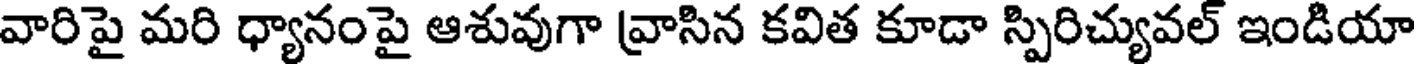
వారిపై మరి ధ్యానంపై ఆశువుగా వ్రాసిన కవిత కూడా స్పిరిచ్యువల్ ఇండియా